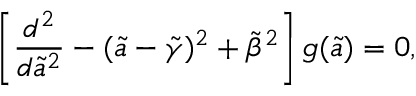
\left[ { \frac { d ^ { 2 } } { d { \tilde { a } } ^ { 2 } } } - ( \tilde { a } - { \tilde { \gamma } } ) ^ { 2 } + { \tilde { \beta } } ^ { 2 } \right] g ( \tilde { a } ) = 0 ,